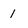
Character: 1